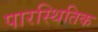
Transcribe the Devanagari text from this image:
पारस्थितिक